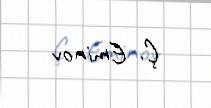
Ç. Eminov